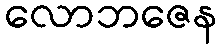
လောဘဇေန